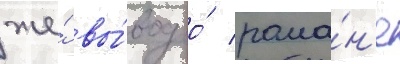
же́ вы́вод о́ рома́н'е